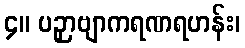
၄။ ပဉှာဗျာကရဏရဟန်း၊